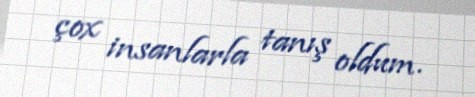
çox insanlarla tanış oldum.